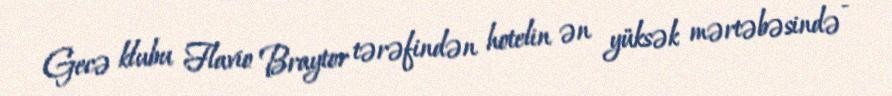
Gecə klubu Flavio Braytor tərəfindən hotelin ən yüksək mərtəbəsində -